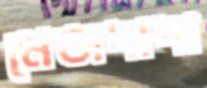
মেজদাদা